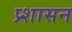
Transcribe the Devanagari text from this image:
प्र्शासन